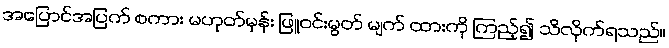
အပြောင်အပြက် စကား မဟုတ်မှန်း ဖြူဝင်းမွတ် မျက် ထားကို ကြည့်၍ သိလိုက်ရသည်။